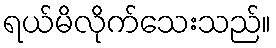
ရယ်မိလိုက်သေးသည်။